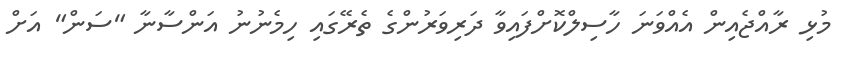
މުޅި ރާއްޖެއިން އެއްވަނަ ހާސިލްކޮށްފައިވާ ދަރިވަރުންގެ ތެރޭގައި ހިމެނުނު އަންސާނާ "ސަން" އަށް